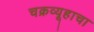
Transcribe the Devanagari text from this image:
चक्रव्यूहाचा